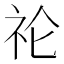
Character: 𮵙